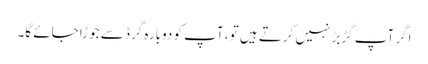
اگر آپ گڑبڑ نہیں کرتے ہیں تو ، آپ کو دوبارہ گرڈ سے جوڑا جائے گا۔